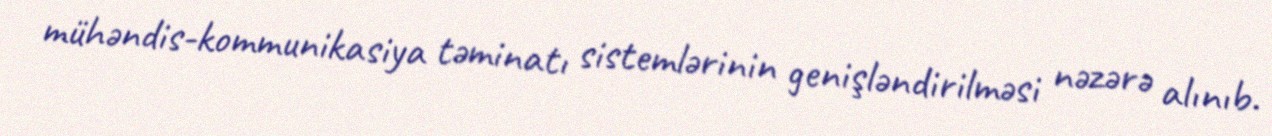
mühəndis-kommunikasiya təminatı sistemlərinin genişləndirilməsi nəzərə alınıb.